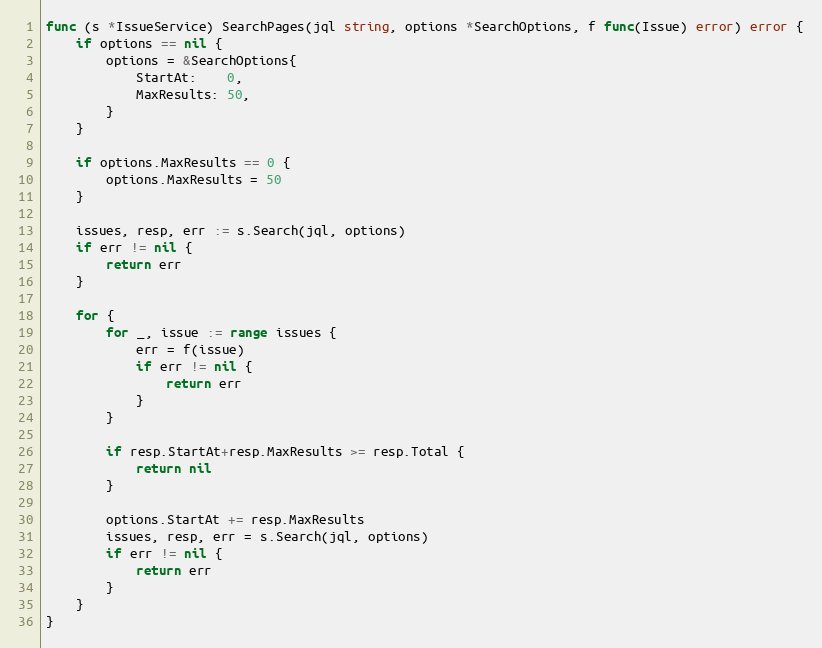
Language: Go
func (s *IssueService) SearchPages(jql string, options *SearchOptions, f func(Issue) error) error {
	if options == nil {
		options = &SearchOptions{
			StartAt:    0,
			MaxResults: 50,
		}
	}

	if options.MaxResults == 0 {
		options.MaxResults = 50
	}

	issues, resp, err := s.Search(jql, options)
	if err != nil {
		return err
	}

	for {
		for _, issue := range issues {
			err = f(issue)
			if err != nil {
				return err
			}
		}

		if resp.StartAt+resp.MaxResults >= resp.Total {
			return nil
		}

		options.StartAt += resp.MaxResults
		issues, resp, err = s.Search(jql, options)
		if err != nil {
			return err
		}
	}
}